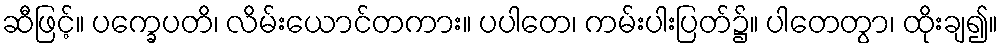
ဆီဖြင့်။ ပက္ခေပတိ၊ လိမ်းယောင်တကား။ ပပါတေ၊ ကမ်းပါးပြတ်၌။ ပါတေတွာ၊ ထိုးချ၍။